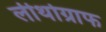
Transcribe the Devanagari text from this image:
लीथोग्राफ